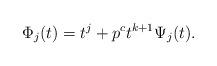
LaTeX: \begin{align*}\Phi_j(t)=t^j+p^ct^{k+1}\Psi_j(t).\end{align*}